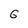
Character: 6